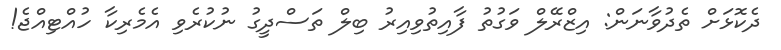
ދެކޮޅަށް ތެދުވާނަން: އިޒްރޭލް ވަގުތު ފާއިތުވިއިރު ބިލް ތަސްދީގު ނުކުރެވި އެމެރިކާ ހުއްޓިއްޖެ!